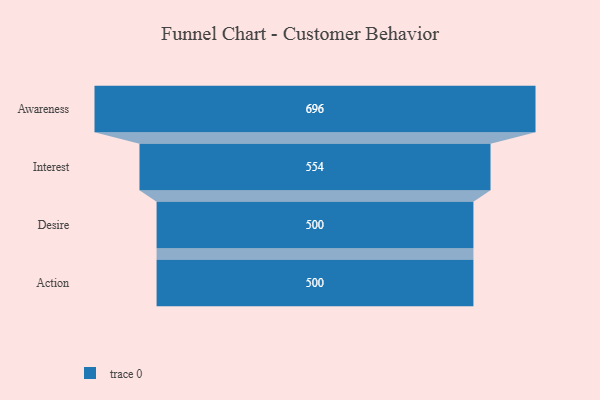
{"axis": {"x": "Stage", "y": "Value"}, "legend": [""], "data": [{"x": "Awareness", "y": 696.0, "type": ""}, {"x": "Interest", "y": 554.0, "type": ""}, {"x": "Desire", "y": 500, "type": ""}, {"x": "Action", "y": 500, "type": ""}]}